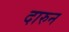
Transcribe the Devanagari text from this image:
दारुन